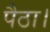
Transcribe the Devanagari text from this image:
पैठा।